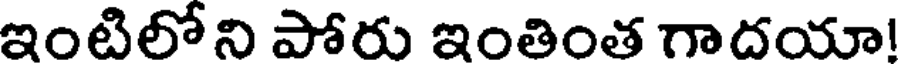
ఇంటిలో ని పోరు ఇంతింత గాదయా!